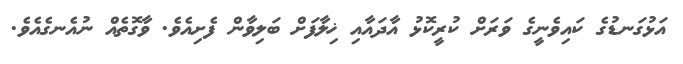
އަޅުގަނޑުގެ ކައިވެނީގެ ވަރަށް ކުރީކޮޅު އާދައާއި ޚިލާފަށް ބަލިވާން ފެށިއެވެ. ވާގޮތެއް ނުއެނގެއެވެ.